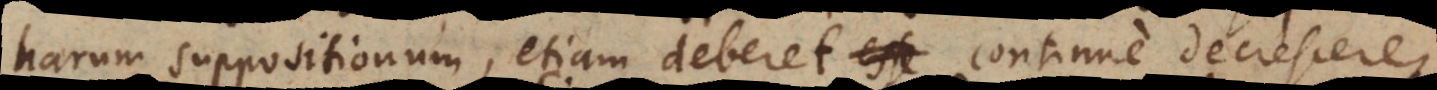
harum suppositionum, etiam deberet continue decrescere,